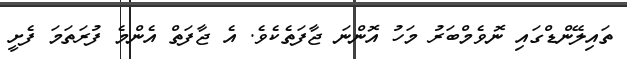
ތައިލޭންޑްގައި ނޮވެމްބަރު މަހު އޮންނަ ޖާފަތެކެވެ. އެ ޖާފަތް އެންމެ ފުރަތަމަ ފެށީ